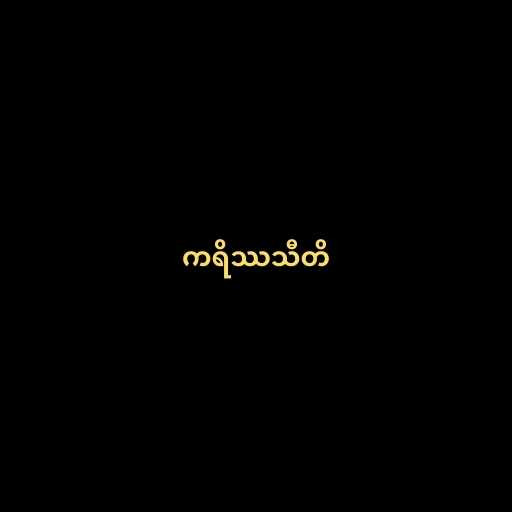
ကရိဿသီတိ